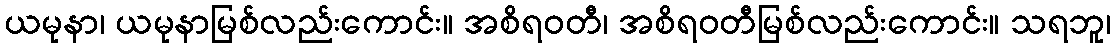
ယမုနာ၊ ယမုနာမြစ်လည်းကောင်း။ အစိရဝတီ၊ အစိရဝတီမြစ်လည်းကောင်း။ သရဘူ၊